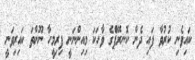
ކައިވެނި ކުރުވާ ފައި ދެން ކޮނރޭޕެެްގެ ވާހަކަ މިއިންނަނީ ފިރިމީހާ ނޫންތަ ކައިރިވަނީ